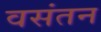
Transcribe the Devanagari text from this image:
वसंतन